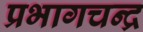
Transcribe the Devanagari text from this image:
प्रभागचन्द्र